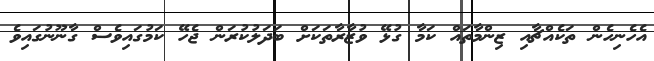
އެހެނިހެން ތަކެއްޗާއި ޒިންމާތައް ކަމާ ގުޅޭ ވުޒާރާތަކަށް ބަދަލުކުރަން ޖެހޭ ކަމުގައިވެސް ގާނޫނުގައިވެ